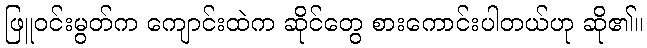
ဖြူဝင်းမွတ်က ကျောင်းထဲက ဆိုင်တွေ စားကောင်းပါတယ်ဟု ဆို၏။